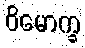
ဝိမောက္ခ